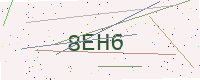
Text: 8EH6